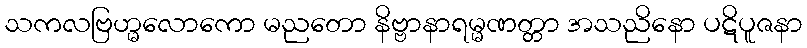
သကလဗြဟ္မလောကော မညတော နိဗ္ဗာနာရမ္မဏတ္တာ အသညိနော ပဋိပူဇနာ